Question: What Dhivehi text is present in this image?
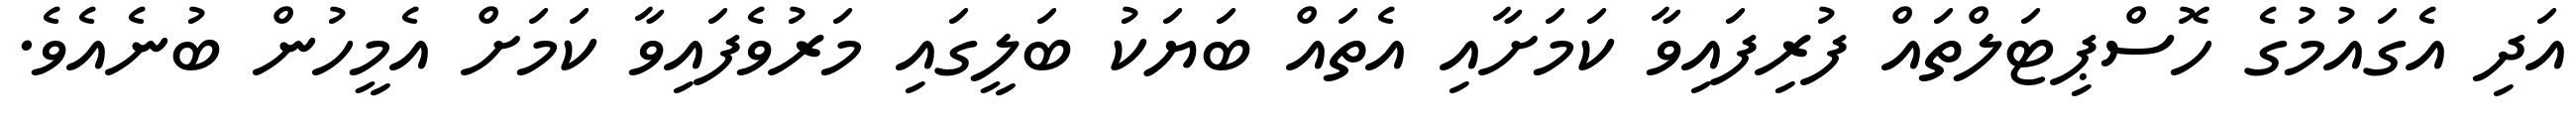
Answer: އަދި އެގައުމުގެ ހޮސްޕިޓަލްތައް ފުރިފައިވާ ކަމަށާއި އެތައް ބަޔަކު ބަލީގައި މަރުވެފައިވާ ކަމަށް އެމީހުން ބުނެއެވެ.